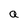
Character: a